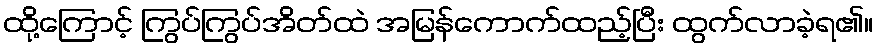
ထို့ကြောင့် ကြွပ်ကြွပ်အိတ်ထဲ အမြန်ကောက်ထည့်ပြီး ထွက်လာခဲ့ရ၏။